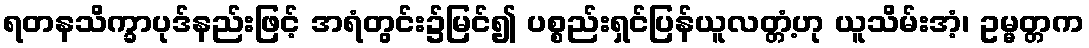
ရတနသိက္ခာပုဒ်နည်းဖြင့် အရံတွင်း၌မြင်၍ ပစ္စည်းရှင်ပြန်ယူလတ္တံ့ဟု ယူသိမ်းအံ့၊ ဥမ္မတ္တက